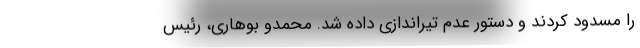
را مسدود کردند و دستور عدم تیراندازی داده شد. محمدو بوهاری، رئیس